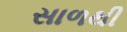
સાળથી